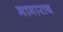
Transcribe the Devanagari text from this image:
मामाराव